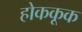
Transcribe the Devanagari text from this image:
होककूक